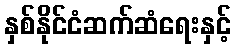
နှစ်နိုင်ငံဆက်ဆံရေးနှင့်